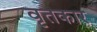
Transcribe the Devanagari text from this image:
वृतकार